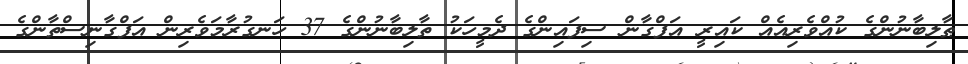
ޠާލިބާނުންގެ ކުއްވެރިއެއް ކައިރީ އަފްގާން ސިފައިންގެ ދެމީހަކު ތާލިބާނުންގެ 37 ހަނގުރާމަވެރިން އަފްގާނިސްތާންގެ